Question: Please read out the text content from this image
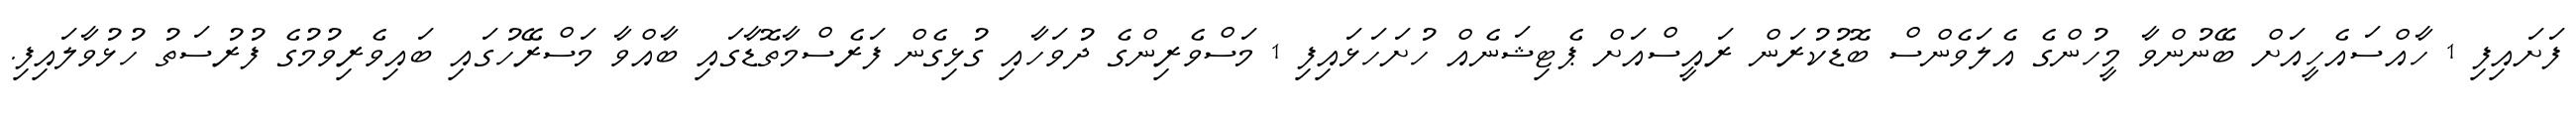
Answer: ފަށައިފި 1 ހާއްސައެހީއަށް ބޭނުންވާ މީހުންގެ އެލަވެންސް ބޮޑުކުރަން ރައީސްއަށް ޕެޓިޝަނެއް ހުށަހަޅައިފި 1 މަސްވެރިންގެ ދުވަހާއި ގުޅިގެން ފަރެސްމާތޮޑާގައި ބާއްވާ މަސްރޭހުގައި ބައިވެރިވުމުގެ ފުރުސަތު ހުޅުވާލައިފި.